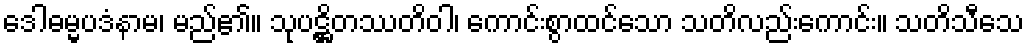
ဒေါဓမ္မပဒံနာမ၊ မည်၏။ သုပဋ္ဌိတဿတိဝါ၊ ကောင်းစွာထင်သော သတိလည်းကောင်း။ သတိသီသေ